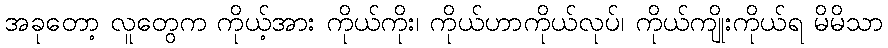
အခုတော့ လူတွေက ကိုယ့်အား ကိုယ်ကိုး၊ ကိုယ်ဟာကိုယ်လုပ်၊ ကိုယ်ကျိုးကိုယ်ရ မိမိသာ